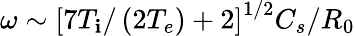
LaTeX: \omega\sim\left[7T_{\mathbf{i}}/\left(2T_{e}\right)+2\right]^{1/2}C_{s}/R_{0}